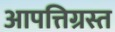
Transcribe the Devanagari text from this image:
आपत्तिग्रस्त